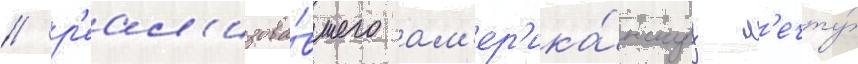
/ р'еал'изова́вшего ам'ер'ика́нскуу м'ечту́